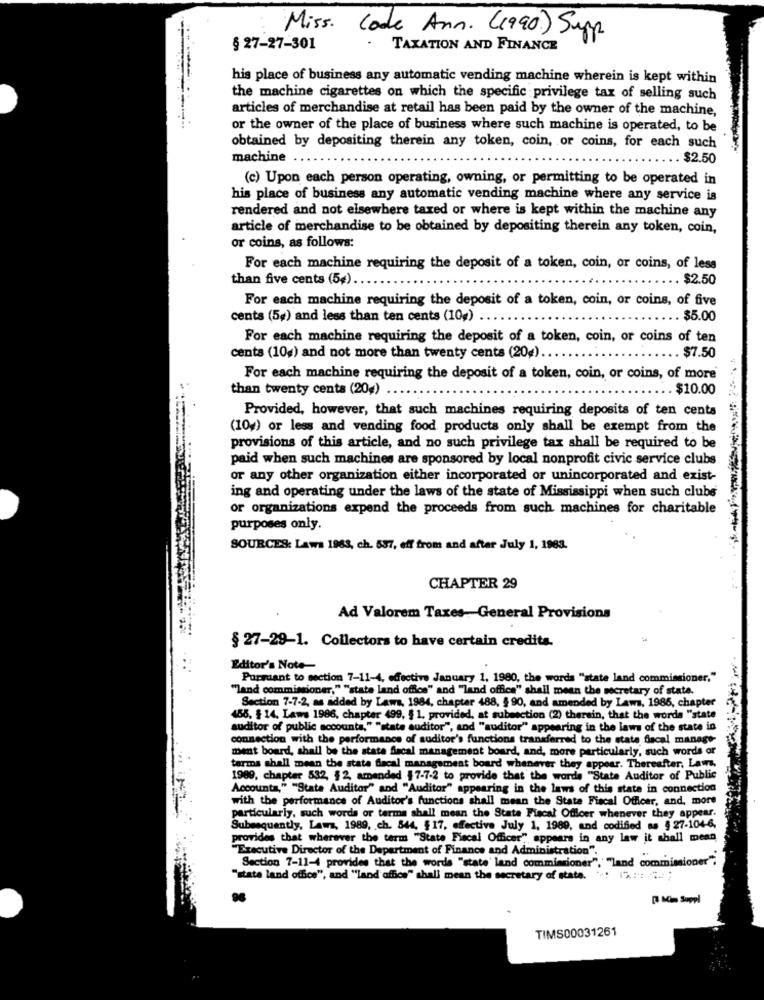
Miss. Code Ann. (1990) Supp
§ 27-27-301
TAXATION AND FINANCE
his place of business any automatic vending machine wherein is kept within
the machine cigarettes on which the specific privilege tax of selling such
articles of merchandise at retail has been paid by the owner of the machine,
or the owner of the place of business where such machine is operated, to be
obtained by depositing therein any token, coin, or coins, for each such
machine
. $2.50
(c) Upon each person operating, owning, or permitting to be operated in
his place of business any automatic vending machine where any service is
rendered and not elsewhere taxed or where is kept within the machine any
article of merchandise to be obtained by depositing therein any token, coin,
or coins, as follows:
For each machine requiring the deposit of a token, coin, or coins, of less
than five cents (5#) ..
. $2.50
For each machine requiring the deposit of a token, coin, or coins, of five
cents (5g) and less than ten cents (10) .
$5.00
For each machine requiring the deposit of a token, coin, or coins of ten
cents (10g) and not more than twenty cents (20g) ..
$7.50
For each machine requiring the deposit of a token, coin, or coins, of more
than twenty cents (20g)
. $10.00
Provided, however, that such machines requiring deposits of ten cents
(104) or less and vending food products only shall be exempt from the
provisions of this article, and no such privilege tax shall be required to be
paid when such machines are sponsored by local nonprofit civic service clubs
or any other organization either incorporated or unincorporated and exist-
ing and operating under the laws of the state of Mississippi when such clubs
or organizations expend the proceeds from such machines for charitable
purposes only.
SOURCES: Laws 1963, ch. 537, eff from and after July 1, 1983.
CHAPTER 29
Ad Valorem Taxes- General Provisions
§ 27-29-1. Collectors to have certain credits.
Editor's Note-
Purmiant to section 7-11-4, effective January 1, 1980, the words "state land commissioner."
"land commissioner," ""state land office" and "land office" shall mean the secretary of state.
Section 7-7-2, as added by Laws, 1984, chapter 488, § 90, and amended by Laws, 1985, chapter
455, $ 14. Laws 1986, chapter 499, § 1. provided, at subsection (2) therain, that the words "state
auditor of public accounts," "state auditor", and "auditor" appearing in the laws of the state in
connection with the performance of suditor's functions transferred to the state fiscal manage-
ment board, shall be the state fiscal management board, and, more particularly, such words or
tarms shall mean the state facal management board whenever they appear. Thereafter. Laws,
1989, chapter 532, §2, amended {7-7-2 to provide that the words "State Auditor of Public
Accounta," "Stata Auditor" and "Auditor" appearing in the laws of this state in connection
with the performance of Auditor's functions shall mean the State Fiscal Officer, and, more
particularly, such words or terma shall mean the State Fiscal Officer whenever they appear.
Subsequently, Laws, 1989, . ch. 844, $17, effective July 1, 1989, and codified as § 27-104-6,
provides that wherever the term "State Fiscal Officer" appears in any law it shall mean
"Executive Director of the Department of Finance and Administration".
Section 7-11-4 provides that the words "state' land commissioner",' "land commissioner".
"stata land office", and ""land office" shall mean the secretary of state. .. (% .:: "".
96
[ Min Suppl
TIMS00031261